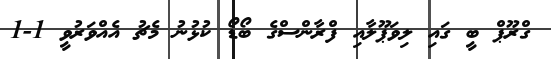
ގްރޫޕް ބީ ގައި ލިވަޕޫލާއި ފްރާންސްގެ ބޯޑޯ ކުޅުނު މެޗު އެއްވަރުވީ 1-1